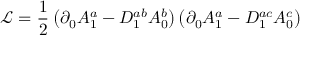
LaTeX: { \mathcal L } = \frac { 1 } { 2 } \: \big ( \partial _ { 0 } A _ { 1 } ^ { a } - D _ { 1 } ^ { a b } A _ { 0 } ^ { b } \big ) \, \big ( \partial _ { 0 } A _ { 1 } ^ { a } - D _ { 1 } ^ { a c } A _ { 0 } ^ { c } \big )